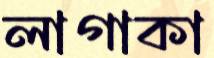
লাগাকা